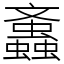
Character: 䘇